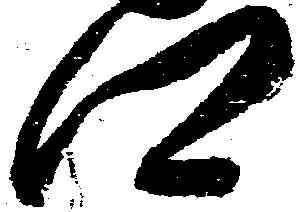
郷